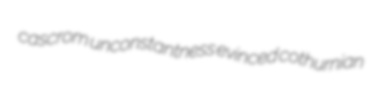
cascrom unconstantness evinced cothurnian